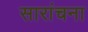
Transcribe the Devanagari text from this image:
सारांचना